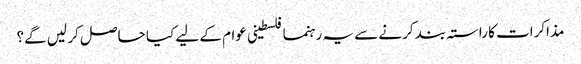
مذاکرات کا راستہ بند کرنے سے یہ رہنما فلسطینی عوام کے لیے کیا حاصل کر لیں گے؟